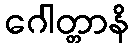
ဂေါတ္တာနိ